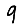
Digit: 9